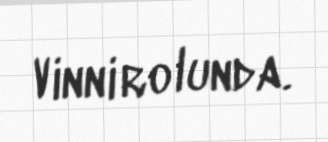
Vinni rolunda.